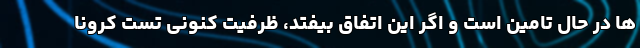
ها در حال تامین است و اگر این اتفاق بیفتد، ظرفیت کنونی‌ تست کرونا